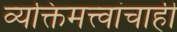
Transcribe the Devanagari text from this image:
व्यक्तिमत्त्वांचाही